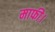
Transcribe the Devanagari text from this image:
माफी।